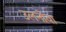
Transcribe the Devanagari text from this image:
उलनोवा